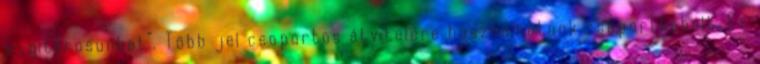
a „gitárosunkat”. Több jel csoportos átvitelére használhatunk csoportkábelt. Ez